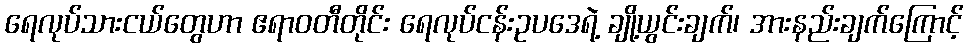
ရေလုပ်သားငယ်တွေဟာ ဧရာဝတီတိုင်း ရေလုပ်ငန်းဥပဒေရဲ့ ချို့ယွင်းချက်၊ အားနည်းချက်ကြောင့်